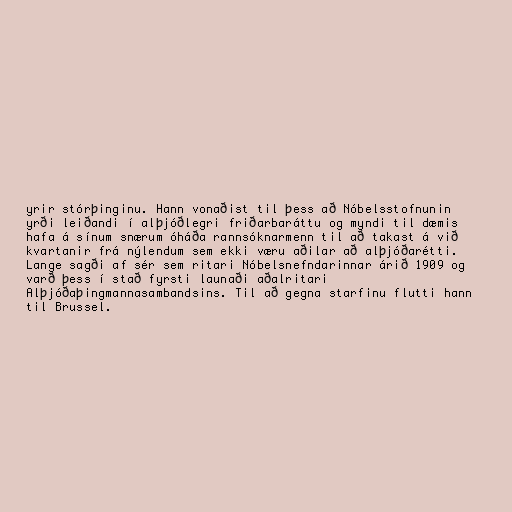
yrir stórþinginu. Hann vonaðist til þess að Nóbelsstofnunin
yrði leiðandi í alþjóðlegri friðarbaráttu og myndi til dæmis
hafa á sínum snærum óháða rannsóknarmenn til að takast á við
kvartanir frá nýlendum sem ekki væru aðilar að alþjóðarétti.
Lange sagði af sér sem ritari Nóbelsnefndarinnar árið 1909 og
varð þess í stað fyrsti launaði aðalritari
Alþjóðaþingmannasambandsins. Til að gegna starfinu flutti hann
til Brussel.